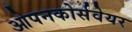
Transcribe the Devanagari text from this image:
ओपनकोर्सवेयर